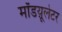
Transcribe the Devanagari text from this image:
मॉडय़ूलेटर